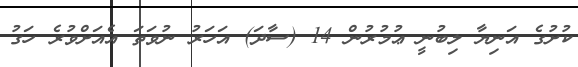
ކުށުގެ އަނިޔާ ލިބުނީ ޢުމުރުން 14 (ސާދަ) އަހަރު ނުވަތަ އެއަށްވުރެ ހަގު